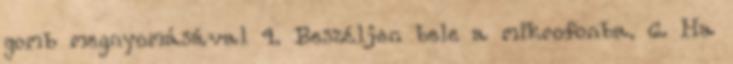
gomb megnyomásával 4. Beszéljen bele a mikrofonba. 6. Ha